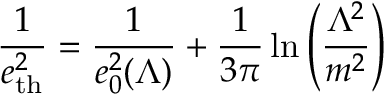
{ \frac { 1 } { e _ { \mathrm { t h } } ^ { 2 } } } = { \frac { 1 } { e _ { 0 } ^ { 2 } ( \Lambda ) } } + { \frac { 1 } { 3 \pi } } \ln \left( \frac { \Lambda ^ { 2 } } { m ^ { 2 } } \right)